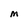
Character: M